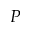
P